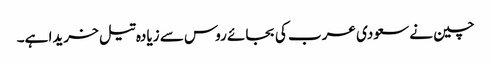
چین نے سعودی عرب کی بجائے روس سے زیادہ تیل خریدا ہے۔